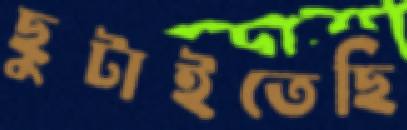
ছুটাইতেছি